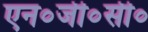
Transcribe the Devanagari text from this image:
एन०जी०सी०